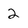
Character: 2